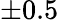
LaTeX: \pm 0.5